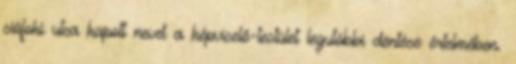
siófoki utca kapott nevet a képviselő-testület legutóbbi döntése értelmében.